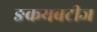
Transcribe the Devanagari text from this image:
ङकयबटीज